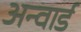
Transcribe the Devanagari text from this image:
अन्वार्ड